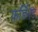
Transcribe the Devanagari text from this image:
फ़र्डिनंड